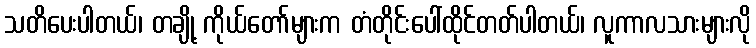
သတိပေးပါတယ်၊ တချို့ ကိုယ်တော်များက တံတိုင်းပေါ်ထိုင်တတ်ပါတယ်၊ လူကာလသားများလို